Vaccination in Bombay 1889-1901 - 1889-1901
Year: 1889
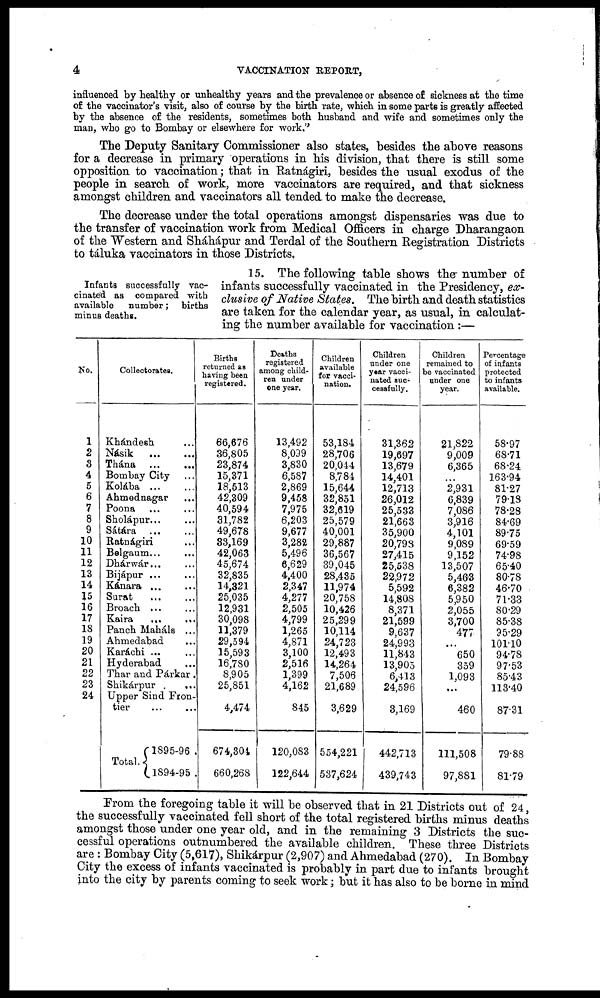
4
VACCINATION REPORT,
influenced by healthy or unhealthy years and the prevalence or absence of sickness at the time
of the vaccinator's visit, also of course by the birth rate, which in some parts is greatly affected
by the absence of the residents, sometimes both husband and wife and sometimes only the
man, who go to Bombay or elsewhere for work.''
The Deputy Sanitary Commissioner also states, besides the above reasons
for a decrease in primary operations in his division, that there is still some
opposition to vaccination; that in Ratnágiri, besides the usual exodus of the
people in search of work, more vaccinators are required, and that sickness
amongst children and vaccinators all tended to make the decrease.
The decrease under the total operations amongst dispensaries was due to
the transfer of vaccination work from Medical Officers in charge Dharangaon
of the Western and Sháhápur and Terdal of the Southern Registration Districts
to táluka vaccinators in those Districts,
Infants successfully vac-
cinated as compared with
available number; births
minus deaths.
15. The following table shows the number of
infants successfully vaccinated in the Presidency, ex-
clusive of Native States. The birth and death statistics
are taken for the calendar year, as usual, in calculat-
ing the number available for vaccination :—
No.
1
2
3
4
5
6
7
8
9
10
11
12
13
14
15
16
17
18
19
20
21
22
23
24
Collectorates.
Khándesh ...
Násik
...
...
Thána
...
...
Bombay City ...
Kolába ...
Ahmednagar ...
Poona ... ...
Sholápur... ...
Sátara
...
...
Ratnágiri ...
Belgaum ...
...
Dhárwár... ...
Bijápur ... ...
Kánara ... ...
Surat ... ...
Broach ... ...
Kaira
... ...
Panch Maháls ...
Ahmedabad ...
Karáchi ... ...
Hyderabad ...
Thar and Párkar .
Shikárpur .
...
Upper Sind Fron-
tier ... ...
Total..
1895-96 .
1894-95 .
Births
returned as
having been
registered.
66,676
36,805
23,874
15,371
18,513
42,309
40,594
31,782
49,678
33,169
42,063
45,674
32,835
14,321
25,035
12,931
30,098
11,379
29,594
15,593
16,780
8,905
25,851
4,474
674,304
660,268
Deaths
registered
among child-
ren under
one year.
13,492
8,099
3,830
6,587
2,869
9,458
7,975
6,203
9,677
3,282
5,496
6,629
4,400
2,347
4,277
2,505
4,799
1,265
4,871
3,100
2,516
1,399
4,162
845
120,083
122,644
Children
available
for vacci-
nation.
53,184
28,706
20,044
8,784
15,644
32,851
32,619
25,579
40,001
29,887
36,567
39,045
28,435
11,974
20,758
10,426
25,299
10,114
24,723
12,493
14,264
7,506
21,689
3,629
554,221
537,624
Children
under one
year vacci-
nated suc-
cessfully.
31,362
19,697
13,679
14,401
12,713
26,012
25,533
21,663
35,900
20,798
27,415
25,538
22,972
5,592
14,808
8,371
21,599
9,637
24,993
11,843
13,905
6,413
24,596
3,169
442,713
439,743
Children
remained to
be vaccinated
under one
year.
21,822
9,009
6,365
...
2,931
6,839
7,086
3,916
4,101
9,089
9,152
13,507
5,463
6,382
5,950
2,055
3,700
477
...
650
359
1,093
...
460
111,508
97,881
Percentage
of infants
protected
to infants
available.
58.97
68.71
68.24
163.94
81.27
79.18
78.28
84.69
89.75
69.59
74.98
65.40
80.78
46.70
71.33
80.29
85.38
95.29
101.10
94.78
97.53
85.43
113.40
87.31
79.88
81.79
From the foregoing table it will be observed that in 21 Districts out of 24,
the successfully vaccinated fell short of the total registered births minus deaths
amongst those under one year old, and in the remaining 3 Districts the suc-
cessful operations outnumbered the available children. These three Districts
are : Bombay City (5,617), Shikárpur (2,907) and Ahmedabad (270). In Bombay
City the excess of infants vaccinated is probably in part due to infants brought
into the city by parents coming to seek work; but it has also to be borne in mind